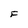
Character: F